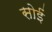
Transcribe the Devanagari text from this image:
सोईं